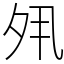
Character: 𡖊